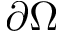
\partial \Omega